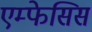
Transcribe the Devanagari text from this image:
एम्फेसिस